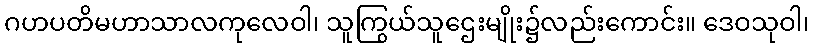
ဂဟပတိမဟာသာလကုလေဝါ၊ သူကြွယ်သူဌေးမျိုး၌လည်းကောင်း။ ဒေဝသုဝါ၊